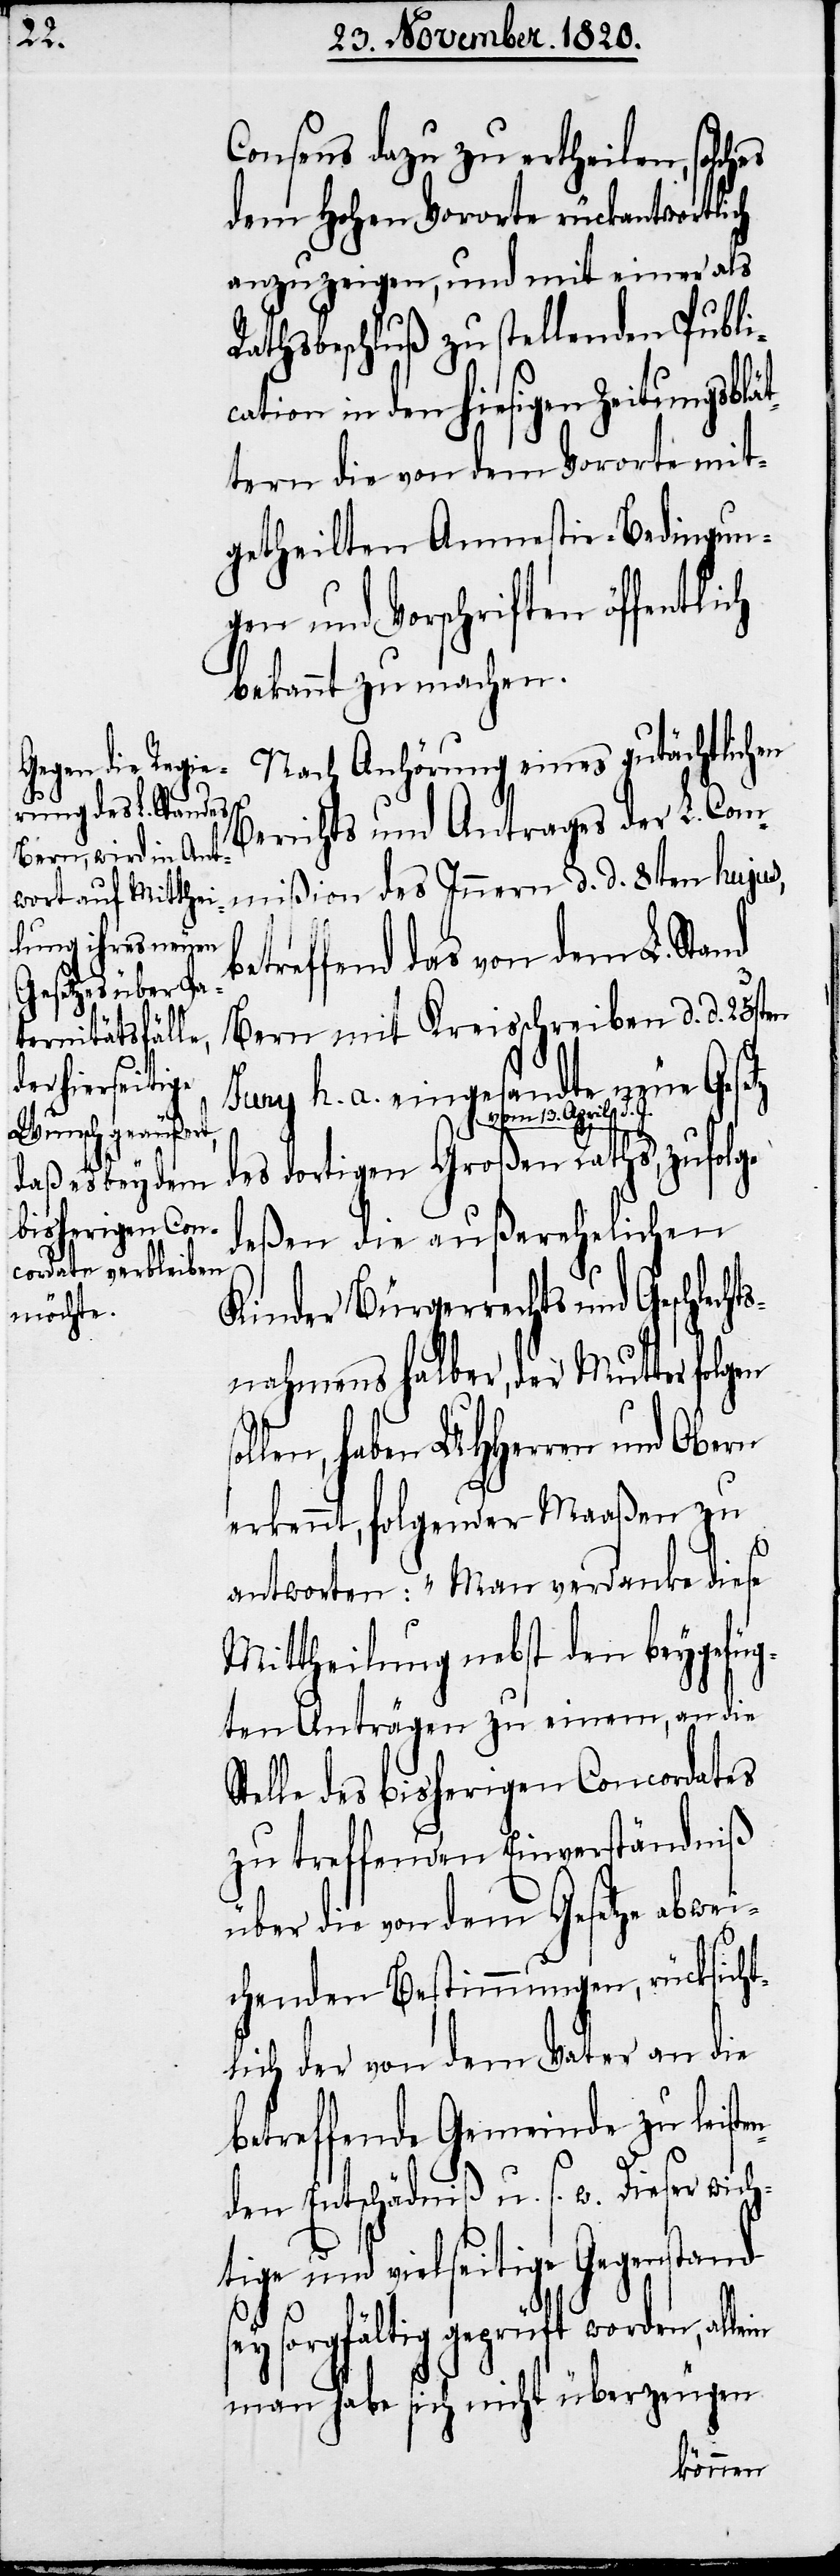
s¬

Consens dazu zu ertheilen, s¬
dem hohen Vororte rückantwortlich
anzuzeigen, und mit einer als
Rathsbeschluß zu stellenden Publi¬
cation in den hiesigen Zeitungsblät¬
tern die von dem Vororte mit¬
getheilten Amnestie-Bedingun¬
gen und Vorschriften öffen¬
bekannt zu machen.
Nach Anhörung eines gutächtlichen
Berichts und Antrages der L. Com¬
mißion des Innern d. d. 8ten hujus,
treffend das von dem L. Stand
Bern mit Kreisschreiben d. d. 23sten
be¬
Juny h. a. eingesan¬
zufolge
lein
des dortigen Großen Raths a-vom
deßen die außerehelichen
Kinder Bürgerrechts und Geschlecht¬
snahmens halber, der Mutter folgen
len, haben UHHerren und Obern
erkennt, folgender Maaßen zu
antworten: „Man verdanke diese
Mittheilung nebst den beygefüg¬
ten Anträgen zu einem, an die
Stelle des bisherigen Concordates
zu treffenden Einverständniß
über die von dem Gesetze abwei¬
chenden Bestimmungen, rücksicht¬
lich der von dem Vater an die
betreffende Gemeinde zu leiste¬
nden Entschädniß u. s. w. Dieser wich¬
tige und vielseitige Gegenstand
ey sorgfältig geprüft worden, al¬
man habe sich nicht überzeugen